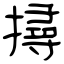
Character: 撏